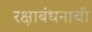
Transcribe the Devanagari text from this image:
रक्षाबंधनाची